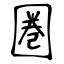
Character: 圏